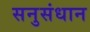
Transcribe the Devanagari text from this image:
सनुसंधान